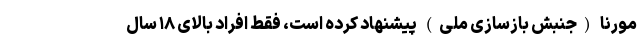
مورنا (جنبش بازسازی ملی) پیشنهاد کرده است، فقط افراد بالای ۱۸ سال